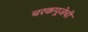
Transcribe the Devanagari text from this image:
चरकपूजेची